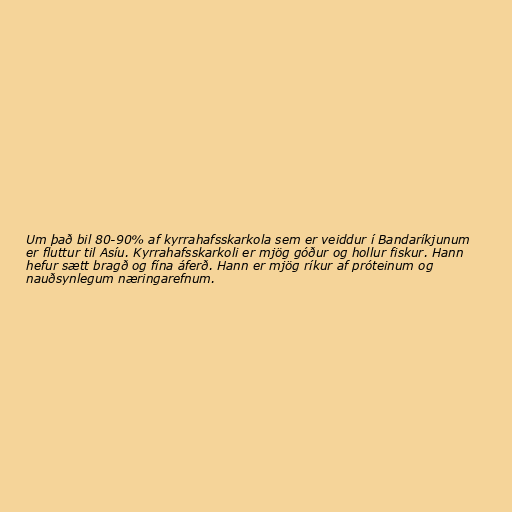
Um það bil 80-90% af kyrrahafsskarkola sem er veiddur í Bandaríkjunum
er fluttur til Asíu. Kyrrahafsskarkoli er mjög góður og hollur fiskur. Hann
hefur sætt bragð og fína áferð. Hann er mjög ríkur af próteinum og
nauðsynlegum næringarefnum.